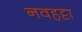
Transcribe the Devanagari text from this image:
नवहट्टा